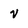
Character: v